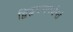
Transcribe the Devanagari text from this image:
द्विहृदयपर्यन्तं